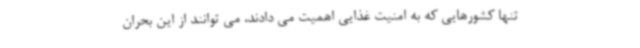
تنها کشورهایی که به امنیت غذایی اهمیت می دادند، می توانند از این بحران